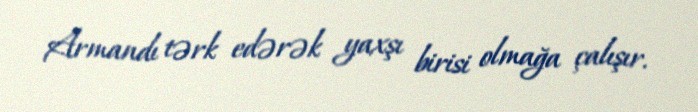
Armandı tərk edərək yaxşı birisi olmağa çalışır.